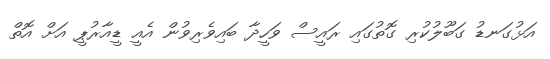
އަޅުގަނޑު ގަބޫލުކުރި ގޮތުގައި ރައީސް ވަހީދާ ބައިވެރިވުން އެއީ ޑީއާރުޕީ އަށް އޮތް